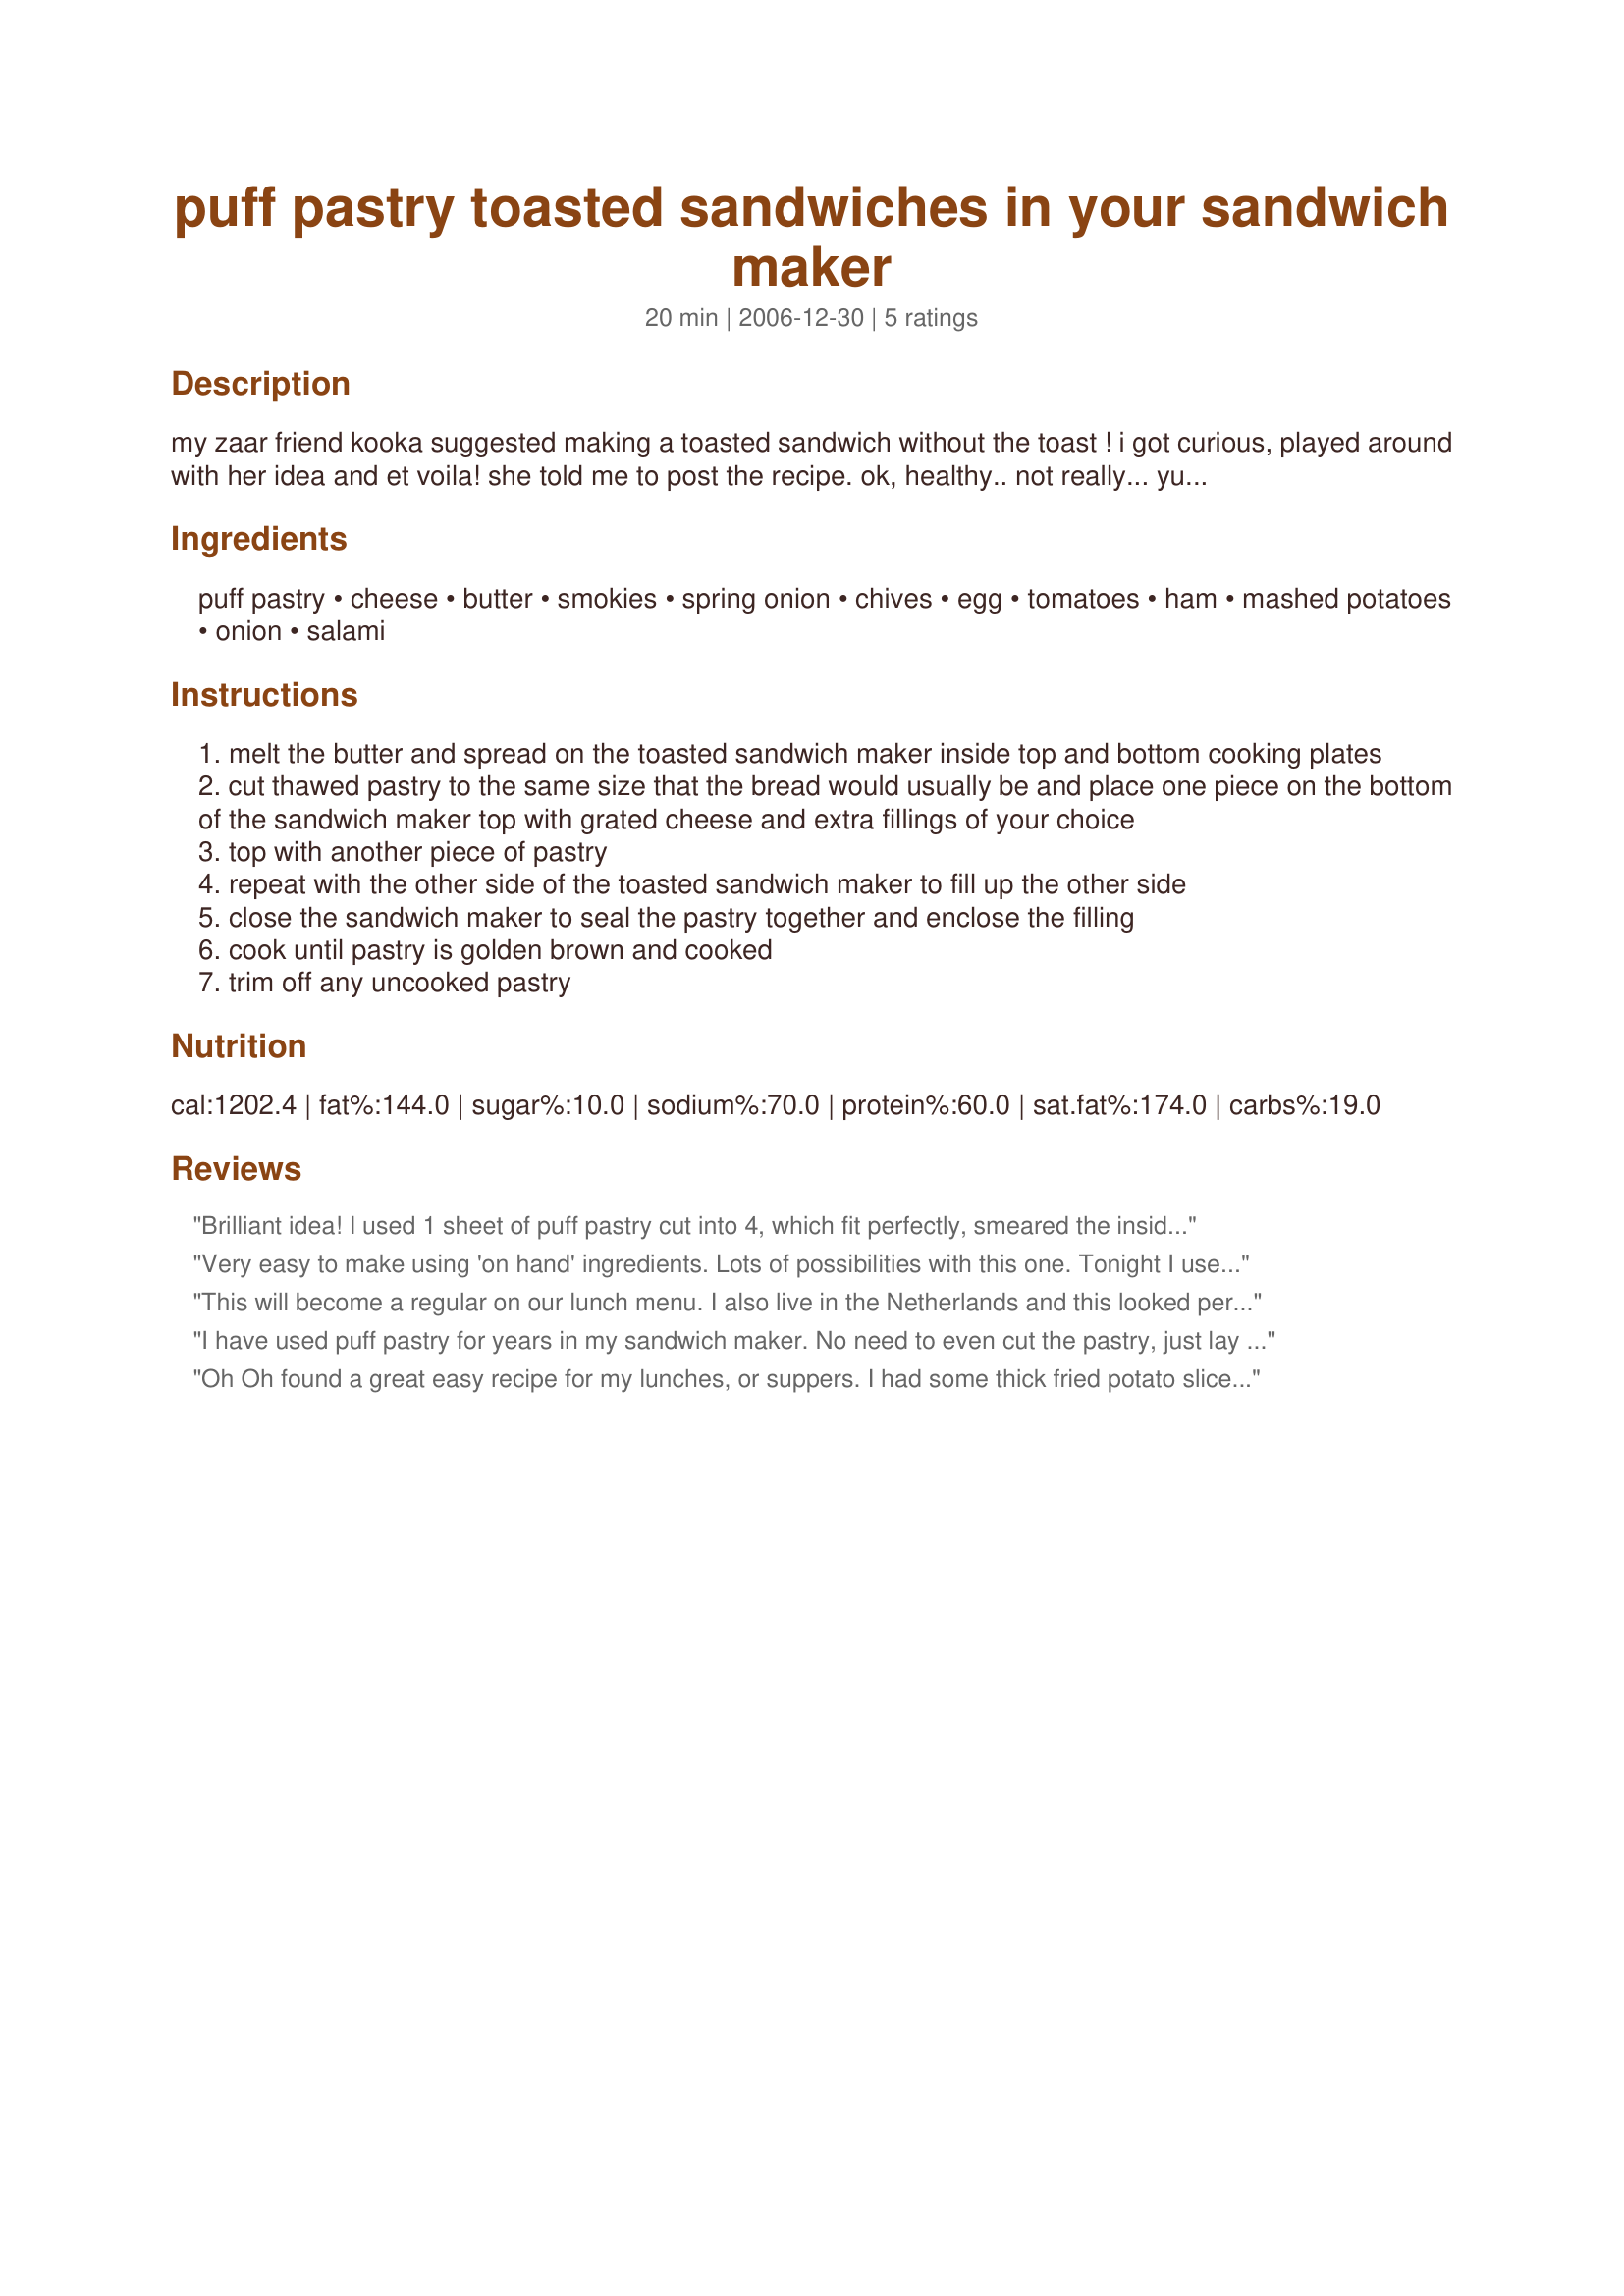
puff pastry toasted sandwiches in your sandwich maker
Preparation time: 20 minutes

my zaar friend kooka suggested making a toasted sandwich without the toast ! i got curious, played around with her idea and et voila! she told me to post the recipe.
ok, healthy.. not really... yummy... sure is!
puff pastry here in the netherlands is a pest to use in regular large pies becuase it comes in a box of 10 small individual squares. think jig-saw pieces then you want to make a large pie, and it usually takes me less time to make and roll my own... but my small ready made squares are perfect for this recipe.. if you are lucky enough to be able to buy ready made puff pastry in one big piece you will need to cut it up to fit.
comfort food... the fillings are as endless as peoples' personal taste.. but things that cook quick, yes? i used three knackworstjes but the zaar database doesn't recognise those so smokies (mini knackworstjes) are the closest description i can get.
in honour of kooka's idea i dedicate this to zwt region: australia.

Ingredients:
puff pastry, cheese, butter, smokies, spring onion, chives, egg, tomatoes, ham, mashed potatoes, onion, salami

Steps:
melt the butter and spread on the toasted sandwich maker inside top and bottom cooking plates
cut thawed pastry to the same size that the bread would usually be and place one piece on the bottom of the sandwich maker top with grated cheese and extra fillings of your choice
top with another piece of pastry
repeat with the other side of the toasted sandwich maker to fill up the other side
close the sandwich maker to seal the pastry together and enclose the filling
cook until pastry is golden brown and cooked
trim off any uncooked pastry

Reviews:
Brilliant idea! I used 1 sheet of puff pastry cut into 4, which fit perfectly, smeared the inside of the electric toastie maker with olive oil instead of butter, and put in some freshly grated raw pumpkin and grated tasty cheese, (I'd mixed in salt, pepper, and garam masala for flavour) and left for about 9 mins. Perfect! I'll be doing this again and again with different grated vegies to try and up my vegie intake.
Very easy to make using 'on hand' ingredients. Lots of possibilities with this one. Tonight I used grated cheese, chopped spring onion, sliced tomato and a beaten egg. Had with a tossed green salad. Thanks for a 'keeper'. :)
This will become a regular on our lunch menu. I also live in the Netherlands and this looked perfect for my family as we already love toasties. I made ham and cheese for the kids and egg, ham and cheese for my husband and myself. It got two thumbs up from my picky son and my husband had a second sandwich which says a lot. I was concerned with the cooking time but it was perfect! Thank you for a GREAT idea!
I have used puff pastry for years in my sandwich maker. No need to even cut the pastry, just lay half over both sides of the sandwich maker, put in filling, and fold over other half of pastry. It will seal when you close the lid, but I do open the catch on the lid part way through to allow the pastry to puff up properly. (Chopped ham, grated cheese and pineapple pieces are good!)
Oh Oh found a great easy recipe for my lunches, or suppers. I had some thick fried potato slices and green onion and feta garlic herb cheese, thats what I placed into this sandwich. I was watching the time, as I borrowed snackster machine from my moms trailering equipment and had never used one before. I looked at the 8 minute mark and some butter was still oozing around edges, and at the 10 minutes they were perfect....Great with salad for lunch, or cool for lunches.. you must if you have this machine give these a try.
